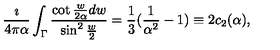
{ \frac { \imath } { 4 \pi \alpha } } \int _ { \Gamma } { \frac { \cot { \frac { w } { 2 \alpha } } d w } { \sin ^ { 2 } { \frac { w } { 2 } } } } = { \frac { 1 } { 3 } } ( { \frac { 1 } { \alpha ^ { 2 } } } - 1 ) \equiv 2 c _ { 2 } ( \alpha ) ,